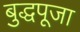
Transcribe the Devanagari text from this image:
बुद्धपूजा